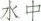
水中